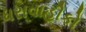
ધરાવાહીકો